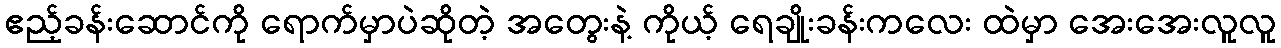
ဧည့်ခန်းဆောင်ကို ရောက်မှာပဲဆိုတဲ့ အတွေးနဲ့ ကိုယ့် ရေချိုးခန်းကလေး ထဲမှာ အေးအေးလူလူ